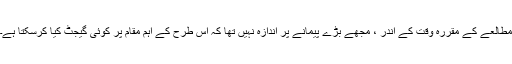
مطالعے کے مقررہ وقت کے اندر ، مجھے بڑے پیمانے پر اندازہ نہیں تھا کہ اس طرح کے اہم مقام پر کوئی گیجٹ کیا کرسکتا ہے۔